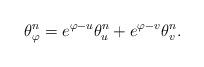
LaTeX: \begin{align*}\theta^{n}_{\varphi} = e^{\varphi - u}\theta^{n}_{u} + e^{\varphi - v}\theta^{n}_{v}.\end{align*}